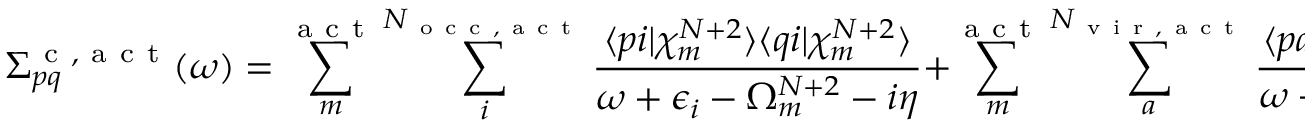
\Sigma _ { p q } ^ { \mathrm { ~ c ~ , ~ a ~ c ~ t ~ } } ( \omega ) = \sum _ { m } ^ { \mathrm { ~ a ~ c ~ t ~ } } \sum _ { i } ^ { N _ { \mathrm { ~ o ~ c ~ c ~ , ~ a ~ c ~ t ~ } } } \frac { \langle p i | \chi _ { m } ^ { N + 2 } \rangle \langle q i | \chi _ { m } ^ { N + 2 } \rangle } { \omega + \epsilon _ { i } - \Omega _ { m } ^ { N + 2 } - i \eta } + \sum _ { m } ^ { \mathrm { ~ a ~ c ~ t ~ } } \sum _ { a } ^ { N _ { \mathrm { ~ v ~ i ~ r ~ , ~ a ~ c ~ t ~ } } } \frac { \langle p a | \chi _ { m } ^ { N - 2 } \rangle \langle q a | \chi _ { m } ^ { N - 2 } \rangle } { \omega + \epsilon _ { a } - \Omega _ { m } ^ { N - 2 } + i \eta } ,